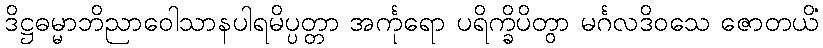
ဒိဋ္ဌဓမ္မာဘိညာဝေါသာနပါရမိပ္ပတ္တာ အင်္ကုရော ပရိက္ခိပိတွာ မင်္ဂလဒိဝသေ ဇောတယိံ